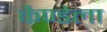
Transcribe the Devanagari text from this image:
कैण्डेला